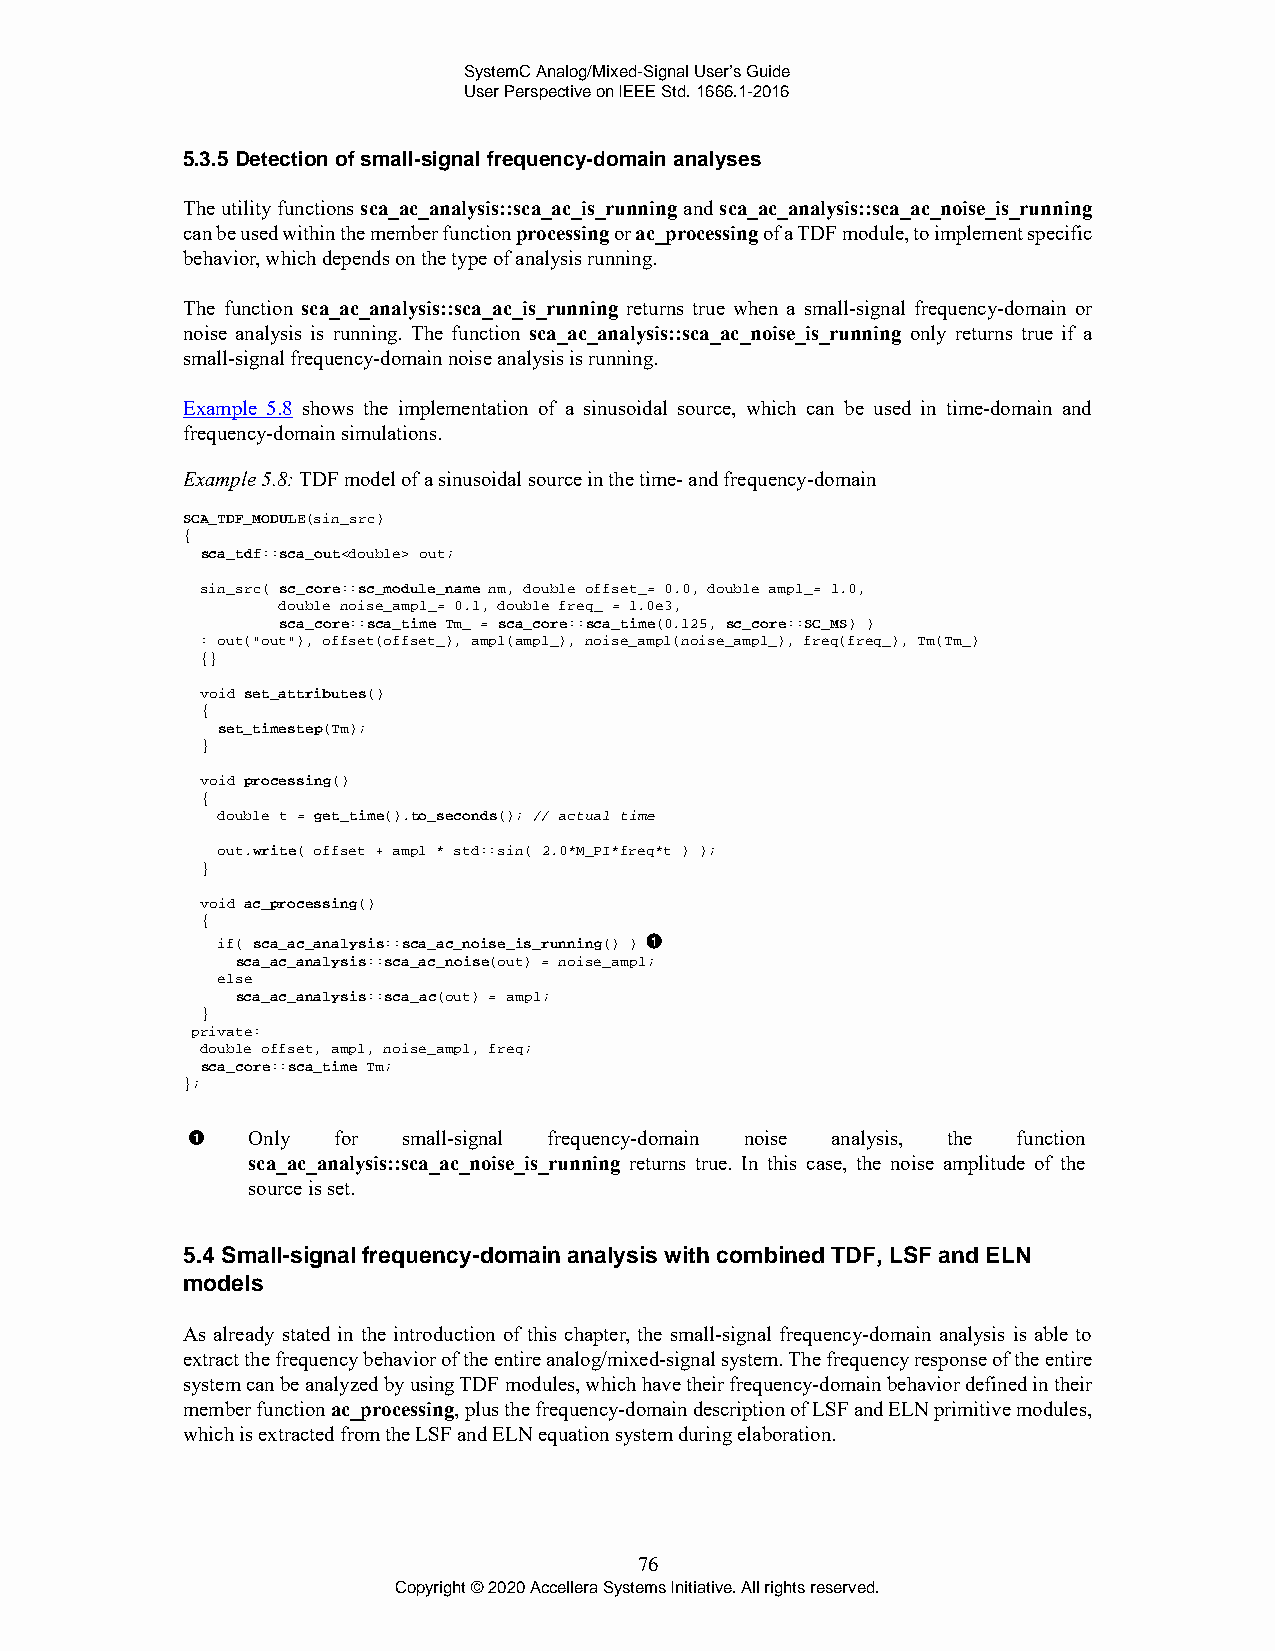
SystemC Analog/Mixed-Signal User’s Guide
 User Perspective on IEEE Std. 1666.1-2016
 5.3.5 Detection of small-signal frequency-domain analyses
 The utility functions sca_ac_analysis::sca_ac_is_running and sca_ac_analysis::sca_ac_noise_is_running
 can be used within the member function processing or ac_processing of a TDF module, to implement specific
 behavior, which depends on the type of analysis running.
 The function sca_ac_analysis::sca_ac_is_running returns true when a small-signal frequency-domain or
 noise analysis is running. The function sca_ac_analysis::sca_ac_noise_is_running only returns true if a
 small-signal frequency-domain noise analysis is running.
 Example 5.8 shows the implementation of a sinusoidal source, which can be used in time-domain and
 frequency-domain simulations.
 Example 5.8: TDF model of a sinusoidal source in the time- and frequency-domain
 SCA_TDF_MODULE(sin_src)
 {
 sca_tdf::sca_out<double> out;
 sin_src( sc_core::sc_module_name nm, double offset_= 0.0, double ampl_= 1.0,
 double noise_ampl_= 0.1, double freq_ = 1.0e3,
 sca_core::sca_time Tm_ = sca_core::sca_time(0.125, sc_core::SC_MS) )
 : out("out"), offset(offset_), ampl(ampl_), noise_ampl(noise_ampl_), freq(freq_), Tm(Tm_)
 {}
 void set_attributes()
 {
 set_timestep(Tm);
 }
 void processing()
 {
 double t = get_time().to_seconds(); // actual time
 out.write( offset + ampl * std::sin( 2.0*M_PI*freq*t ) );
 }
 void ac_processing()
 {
 if( sca_ac_analysis::sca_ac_noise_is_running() )
 sca_ac_analysis::sca_ac_noise(out) = noise_ampl;
 else
 sca_ac_analysis::sca_ac(out) = ampl;
 }
 private:
 double offset, ampl, noise_ampl, freq;
 sca_core::sca_time Tm;
 };
 Only  for  small-signal frequency-domain noise analysis, the function
 sca_ac_analysis::sca_ac_noise_is_running returns true. In this case, the noise amplitude of the
 source is set.
 5.4 Small-signal frequency-domain analysis with combined TDF, LSF and ELN
 models
 As already stated in the introduction of this chapter, the small-signal frequency-domain analysis is able to
 extract the frequency behavior of the entire analog/mixed-signal system. The frequency response of the entire
 system can be analyzed by using TDF modules, which have their frequency-domain behavior defined in their
 member function ac_processing, plus the frequency-domain description of LSF and ELN primitive modules,
 which is extracted from the LSF and ELN equation system during elaboration.
 76
 Copyright © 2020 Accellera Systems Initiative. All rights reserved.